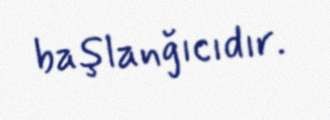
başlanğıcıdır.